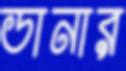
ডানার